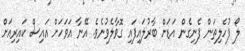
ލޯ ފުހެލިތަން ފެނިގެން އަޑަށް ބާރުލައިފައި ގޮވާލެވުނެވެ. އޭނާ އަވަހަށް އައިސް ކައިރިއަށް